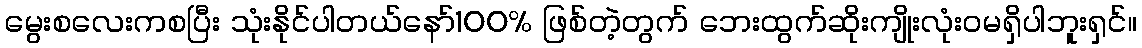
မွေးစလေးကစပြီး သုံးနိုင်ပါတယ်နော်100% ဖြစ်တဲ့တွက် ဘေးထွက်ဆိုးကျိုးလုံးဝမရှိပါဘူးရှင်။